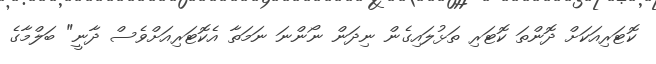
ކޮޓަރިއަކަށް ދޮންތަ ކޮޓަރި ތަޅުލައިގެން ނިދަން ނޯންނަ ނަމަތާ އެކޮޓަރިއަށްވެސް ދާނީ" ބަލްމާގެ